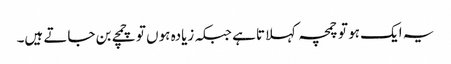
یہ ایک ہو تو چمچہ کہلاتا ہے جبکہ زیادہ ہوں تو چمچے بن جاتے ہیں۔